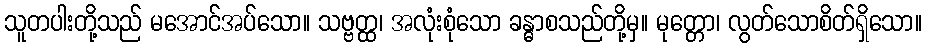
သူတပါးတို့သည် မအောင်အပ်သော။ သဗ္ဗတ္ထ၊ အလုံးစုံသော ခန္ဓာစသည်တို့မှ။ မုတ္တော၊ လွတ်သောစိတ်ရှိသော။